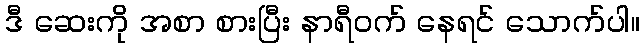
ဒီ ဆေးကို အစာ စားပြီး နာရီဝက် နေရင် သောက်ပါ။